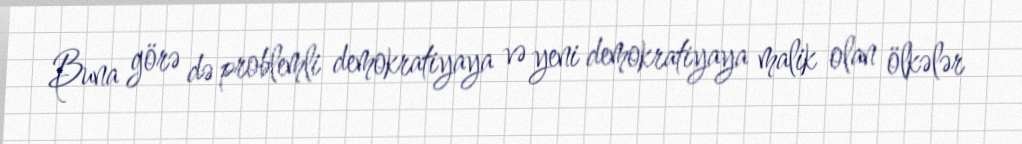
Buna görə də problemli demokratiyaya və yeni demokratiyaya malik olan ölkələr